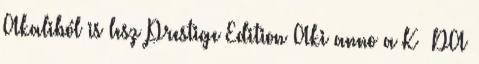
Akaliból is lesz Prestige Edition Aki anno a K DA